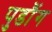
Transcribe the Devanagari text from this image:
पुडौंग